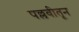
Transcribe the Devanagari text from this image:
पल्लवीतून